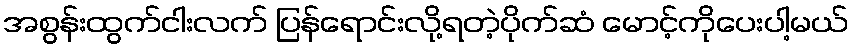
အစွန်းထွက်ငါးလက် ပြန်ရောင်းလို့ရတဲ့ပိုက်ဆံ မောင့်ကိုပေးပါ့မယ်